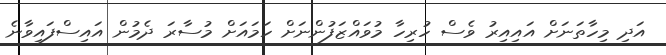
އަދި މިހާތަނަށް އައިއިރު ވެސް ހުރިހާ މުވައްޒަފުންނަށް ހަމައަށް މުސާރަ ދެމުން އައިސްފައިވާނެ